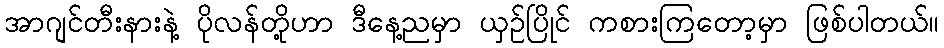
အာဂျင်တီးနားနဲ့ ပိုလန်တို့ဟာ ဒီနေ့ညမှာ ယှဉ်ပြိုင် ကစားကြတော့မှာ ဖြစ်ပါတယ်။